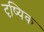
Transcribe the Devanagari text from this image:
दृष्यिक